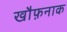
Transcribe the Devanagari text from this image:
खौफ़नाक